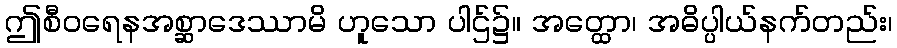
ဤစီဝရေနအစ္ဆာဒေဿာမိ ဟူသော ပါဌ်၌။ အတ္ထော၊ အဓိပ္ပါယ်နက်တည်း၊